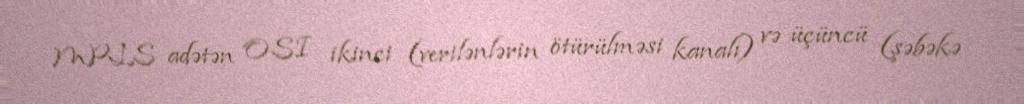
MPLS adətən OSI ikinci (verilənlərin ötürülməsi kanalı) və üçüncü (şəbəkə